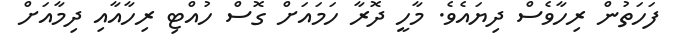
ފަހަތުން ރިހާވެސް ދިޔައެވެ. މާހީ ދޮރާ ހަމައަށް ގޮސް ހުއްޓި ރިހާއާއި ދިމާއަށް